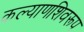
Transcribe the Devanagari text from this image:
कल्याणशिवरूप